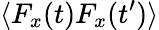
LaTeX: \langle F_{x}(t)F_{x}(t^{\prime})\rangle